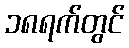
၁၈ရက်တွင်